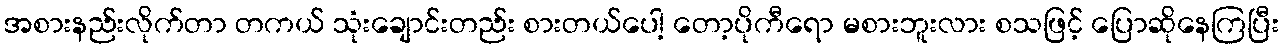
အစားနည်းလိုက်တာ တကယ် သုံးချောင်းတည်း စားတယ်ပေါ့ တော့ပိုကီရော မစားဘူးလား စသဖြင့် ပြောဆိုနေကြပြီး